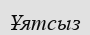
Ұятсыз